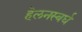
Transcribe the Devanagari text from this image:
हेलनस्बर्घ